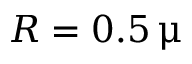
R = 0 . 5 \, \upmu